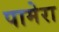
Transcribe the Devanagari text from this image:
पामेरा